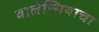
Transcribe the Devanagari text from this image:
वालेन्सियाचा